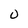
Character: O